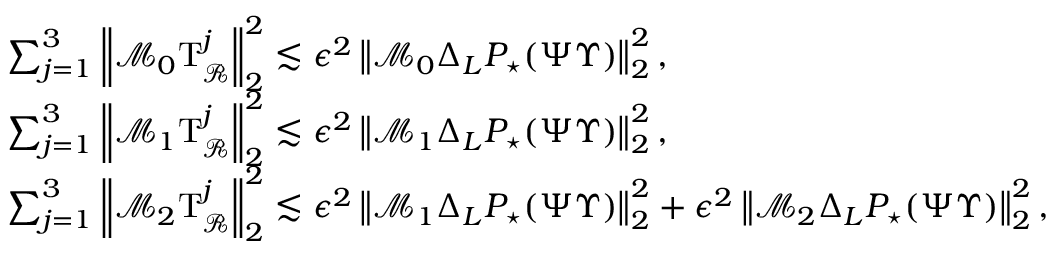
\begin{array} { r l } & { \sum _ { j = 1 } ^ { 3 } \left\| \mathcal { M } _ { 0 } \mathrm { T } _ { \mathcal { R } } ^ { j } \right\| _ { 2 } ^ { 2 } \lesssim \epsilon ^ { 2 } \left\| \mathcal { M } _ { 0 } \Delta _ { L } P _ { \star } ( \Psi \Upsilon ) \right\| _ { 2 } ^ { 2 } , } \\ & { \sum _ { j = 1 } ^ { 3 } \left\| \mathcal { M } _ { 1 } \mathrm { T } _ { \mathcal { R } } ^ { j } \right\| _ { 2 } ^ { 2 } \lesssim \epsilon ^ { 2 } \left\| \mathcal { M } _ { 1 } \Delta _ { L } P _ { \star } ( \Psi \Upsilon ) \right\| _ { 2 } ^ { 2 } , } \\ & { \sum _ { j = 1 } ^ { 3 } \left\| \mathcal { M } _ { 2 } \mathrm { T } _ { \mathcal { R } } ^ { j } \right\| _ { 2 } ^ { 2 } \lesssim \epsilon ^ { 2 } \left\| \mathcal { M } _ { 1 } \Delta _ { L } P _ { \star } ( \Psi \Upsilon ) \right\| _ { 2 } ^ { 2 } + \epsilon ^ { 2 } \left\| \mathcal { M } _ { 2 } \Delta _ { L } P _ { \star } ( \Psi \Upsilon ) \right\| _ { 2 } ^ { 2 } , } \end{array}